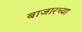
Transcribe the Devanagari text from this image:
बाजारच्या